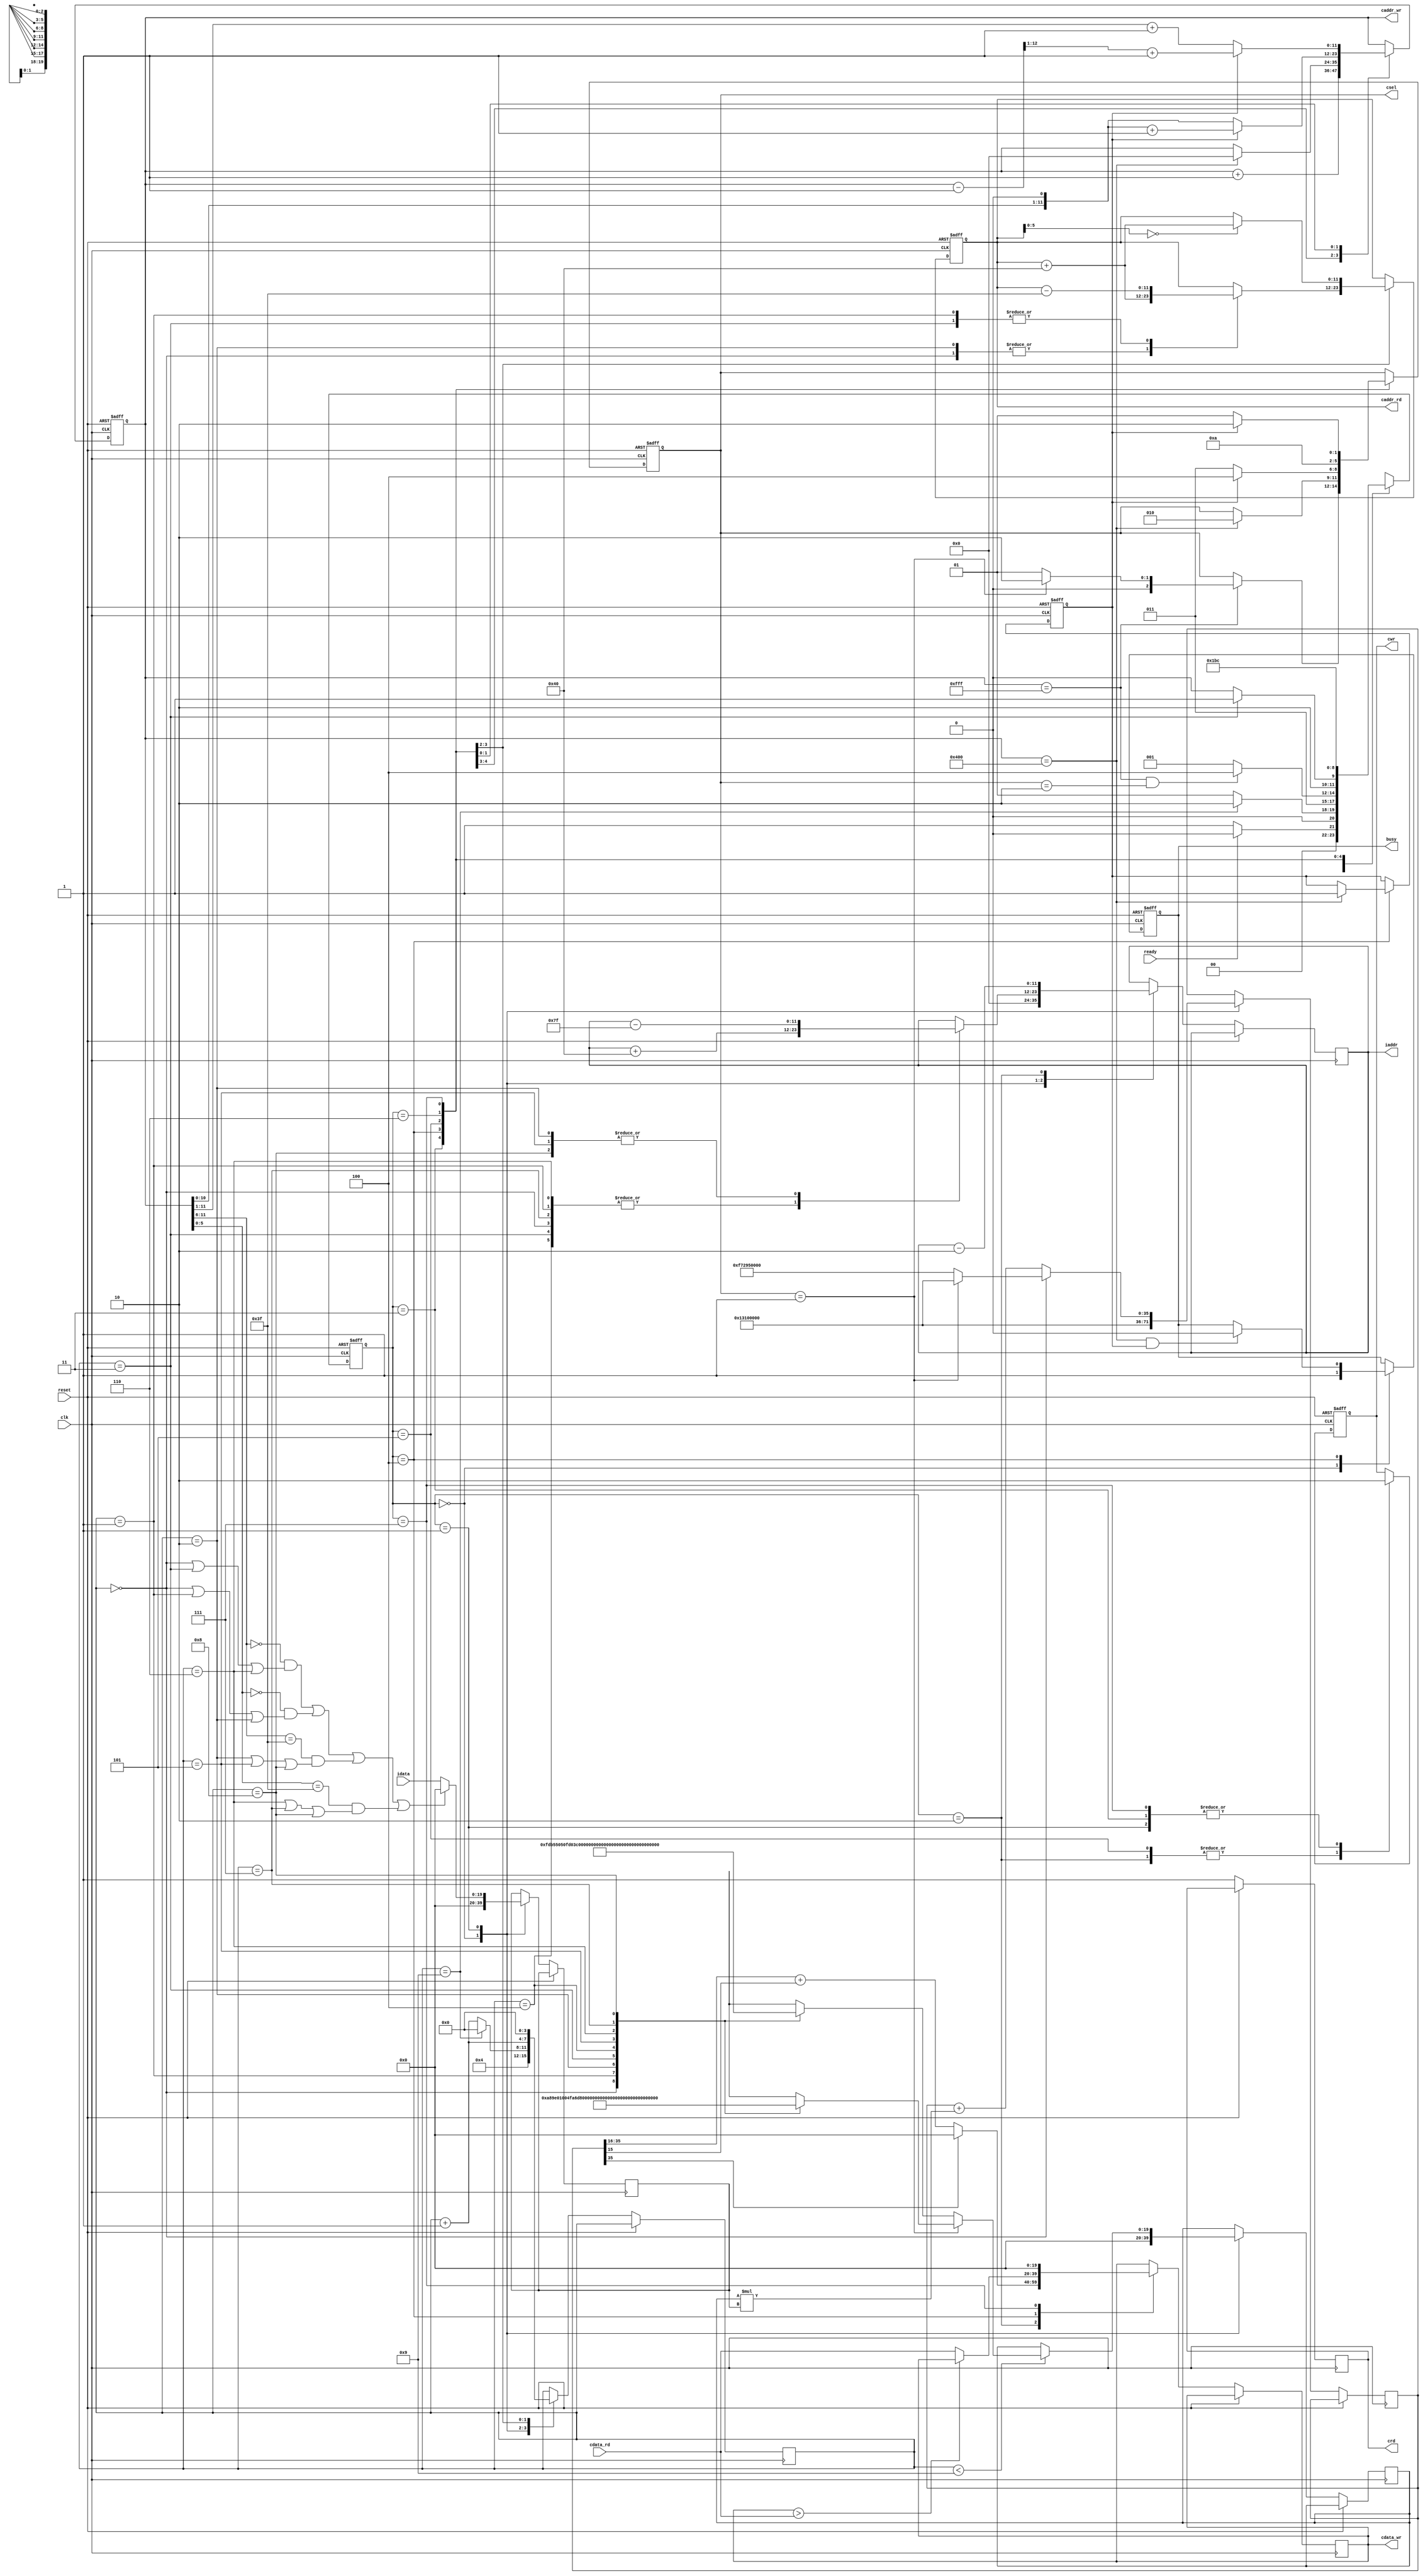
`timescale 1ns/10ps

module  CONV(
	input		clk,
	input		reset,
	output	reg	busy,	
	input		ready,	
			
	output  reg	[11:0]	iaddr,
	input		[19:0]	idata,	    // 4 bit integer + 16 bit decimal
	
	output	reg 		cwr,		// write signal
	output  reg	[11:0]	caddr_wr,
	output  reg	[19:0] 	cdata_wr,
	
	output	reg 		crd,        // read signal
	output  reg	[11:0] 	caddr_rd,
	input		[19:0] 	cdata_rd,
	
	output reg	[2:0] 	csel
	);


reg [2:0]  cr_state, nt_state;
reg [3:0]  cnt;
reg maxpool_se; 
reg signed [35:0] cdata_wr_buf;

wire signed [19:0] kernal1 [8:0];
wire signed [19:0] kernal2 [8:0];

assign kernal1[0] = 20'h0A89E ; assign kernal1[3] = 20'h092D5 ; assign kernal1[6] = 20'h06D43 ; 
assign kernal1[1] = 20'h01004 ; assign kernal1[4] = 20'hF8F71 ; assign kernal1[7] = 20'hF6E54 ; 
assign kernal1[2] = 20'hFA6D7 ; assign kernal1[5] = 20'hFC834 ; assign kernal1[8] = 20'hFAC19 ; 

assign kernal2[0] = 20'hFDB55 ; assign kernal2[3] = 20'h02992 ; assign kernal2[6] = 20'hFC994 ; 
assign kernal2[1] = 20'h050FD ; assign kernal2[4] = 20'h02F20 ; assign kernal2[7] = 20'h0202D ; 
assign kernal2[2] = 20'h03BD7 ; assign kernal2[5] = 20'hFD369 ; assign kernal2[8] = 20'h05E68 ; 


parameter signed [19:0] bias0 = 20'h01310;
parameter signed [19:0] bias1 = 20'hF7295;

// Padding check
wire padding;
assign padding = ( ( caddr_wr[11:6] ==6'b00_0000 && (cnt==4'd0 || cnt==4'd3 || cnt==4'd6) ) ||        // Top padding
				   ( caddr_wr[5:0]  ==6'b00_0000 && (cnt==4'd0 || cnt==4'd1 || cnt==4'd2) ) ||        // Left padding
				   ( caddr_wr[11:6] ==6'b11_1111 && (cnt==4'd2 || cnt==4'd5 || cnt==4'd8) ) ||        // Down padding
				   ( caddr_wr[5:0]  ==6'b11_1111 && (cnt==4'd6 || cnt==4'd7 || cnt==4'd8) ) );        // Right padding

// MUL
reg  signed [19:0] mulin1, mulin2;    // mulin1 is kernal, mulin2 is idata
wire signed [35:0] mul_result;
assign mul_result = (mulin1) * (mulin2);

wire [11:0] addr_plus  = iaddr + 64;
wire [11:0] addr_minus = iaddr - 127;
wire roundBit = cdata_wr_buf[15];

wire [11:0] caddr_plus  = caddr_rd + 64; 
wire [11:0] caddr_minus = caddr_rd - 63; 

parameter [3:0] IDLE          = 3'd0,
				CONV          = 3'd1,
				ROUNDING      = 3'd2,
				WRITE_CONV    = 3'd3,
				MAXPOOL       = 3'd4,
				WRITE_MAXPOOL = 3'd5,
				WRITE_FLATTEN = 3'd6,
				RESET         = 3'd7;
				
always @(posedge clk or posedge reset) begin
	if (reset) begin
		cwr <= 0;
		busy <= 0;
		csel <= 1;
		maxpool_se <= 0;
		caddr_wr <= 12'd0;
		caddr_rd <= 12'd0;
		cr_state <= IDLE;
	end
	else begin
		crd <= 1;
		cr_state <= nt_state;

		case(cr_state)
			IDLE:begin
				cnt <= 4'd4;
				busy <= 1'b1;
				iaddr <= 12'd0;
				mulin1 <= 0;
				mulin2 <= 0;
				cdata_wr_buf <= bias0<<16;
			end
			CONV:begin
				cwr <= 0;
				case(cnt)
					4'd0: iaddr <= addr_plus;
					4'd1: iaddr <= addr_plus;
					4'd2: iaddr <= addr_minus;
					4'd3: iaddr <= addr_plus;
					4'd4: iaddr <= addr_plus;
					4'd5: iaddr <= addr_minus;
					4'd6: iaddr <= addr_plus;
					4'd7: iaddr <= addr_plus;
					4'd8: iaddr <= addr_minus;
				endcase

				if(cnt<9) mulin1 <= (csel==3'd1)? kernal1[cnt] : kernal2[cnt];
				mulin2 <= (padding)? 12'd0 : idata;
				
				cnt <= (cnt==4'd9)? 4'd0 : cnt + 1;

				if(cnt==0) begin
					cdata_wr_buf <= (csel==1)? bias0<<16 : bias1<<16;
				end
				else begin
					cdata_wr_buf <= cdata_wr_buf + mul_result;
				end
			end
			ROUNDING:begin   // round and WRITE_CONV result
				cwr <= 1;
				iaddr <= iaddr -2;
				cdata_wr <= (cdata_wr_buf[35]==1)? 0 : cdata_wr_buf[35:16] + roundBit;
			end
			WRITE_CONV:begin
				cwr <= 0;
				caddr_wr <= caddr_wr + 1;
				if(caddr_wr==12'd4095) begin
					if(csel==1) csel <= 2;
					else csel <= 1;
				end	
			end
			MAXPOOL:begin  //
				case(cnt)
					4'd0: caddr_rd <= caddr_plus;
					4'd1: caddr_rd <= caddr_minus;
					4'd2: caddr_rd <= caddr_plus;
					4'd3: caddr_rd <= caddr_minus;
				endcase
				cnt <= cnt + 1;
				cdata_wr <= (cdata_wr>cdata_rd)? cdata_wr : cdata_rd;
				if (caddr_wr==1024 && maxpool_se) busy <= 0;
				if(caddr_wr==1024) begin
					maxpool_se <= 1;
					csel <= 2;
					caddr_wr <= 0;
				end 
			end
			WRITE_MAXPOOL:begin
				cwr <= 1;
				cnt <= 4'd0;
				csel <= (maxpool_se)? 4 : 3;
				if(caddr_rd[5:0]==6'b00_0000) caddr_rd <= caddr_plus;
			end
			WRITE_FLATTEN:begin
				csel <= 5;
				caddr_wr <= (maxpool_se)? (caddr_wr<<1)+1 : caddr_wr<<1;
			end
			RESET:begin
				cwr <= 0;
				csel <= (maxpool_se)? 2 : 1;
				cdata_wr <= 0;
				caddr_wr <= (maxpool_se)? ((caddr_wr-1)>>1) + 1 :(caddr_wr>>1) + 1;
			end
		endcase
	end
end

always@(*)begin
	case(cr_state)
		IDLE:begin
			nt_state = (!ready)? CONV : IDLE;
		end
		CONV:begin
			nt_state = (cnt==4'd9)? ROUNDING : CONV;
		end
		ROUNDING:begin
			nt_state = WRITE_CONV;
		end
		WRITE_CONV:begin
			nt_state = (caddr_wr==4095 && csel==2)? MAXPOOL : CONV;
		end
		MAXPOOL:begin
			nt_state = (cnt==3)? WRITE_MAXPOOL : MAXPOOL;
		end
		WRITE_MAXPOOL:begin
			nt_state = WRITE_FLATTEN;
		end
		WRITE_FLATTEN:begin
			nt_state = RESET;
		end
		RESET:begin
			nt_state = MAXPOOL;
		end
	endcase
end

endmodule